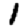
Digit: 1